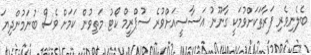
ބެލެނިވެރި ފަރާތަކަށްވުމަކީ ގާނޫނު އަސާސީއަށްވުރެ ސުޕްރީމް ކޯޓު މަތިވުން ކަމަށް ވެސް ބުނަމުންދިޔަ